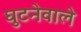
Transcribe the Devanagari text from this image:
घुटनेवाले